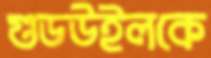
গুডউইলকে